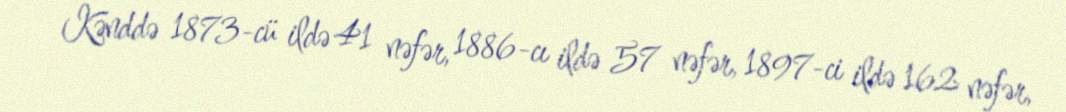
Kənddə 1873-cü ildə 41 nəfər, 1886-cı ildə 57 nəfər, 1897-ci ildə 162 nəfər,